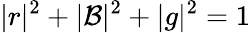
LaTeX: |r|^{2}+|\mathcal{B}|^{2}+|g|^{2}=1